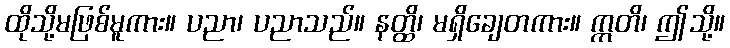
ထိုသို့မဖြစ်မူကား။ ပညာ၊ ပညာသည်။ နတ္ထိ၊ မရှိချေတကား။ ဣတိ၊ ဤသို့။